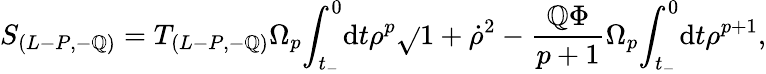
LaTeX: S_{(L-P,-\mathbb{Q})}=T_{(L-P,-\mathbb{Q})}{\Omega}_{p}{\int}_{t_{-}}^{0}\mathrm{d}t{\rho}^{p}\sqrt{}{{1+{\dot{{\rho}}}^{2}}}-\frac{{\mathbb{Q}{\Phi}}}{{p+1}}{\Omega}_{p}{\int}_{t_{-}}^{0}\mathrm{d}t{\rho}^{p+1},